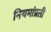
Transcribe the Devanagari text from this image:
नियमांप्रती